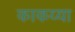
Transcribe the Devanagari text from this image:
काकय्या